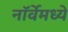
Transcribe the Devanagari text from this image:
नॉर्वेमध्ये